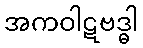
အကဝါဋဗဒ္ဓါ